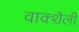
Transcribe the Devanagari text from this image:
वाक्शैली